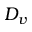
D _ { v }